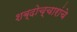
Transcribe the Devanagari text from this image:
शब्दोच्चारांचे